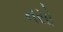
નસો